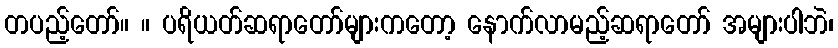
တပည့်တော်။ ။ ပရိယတ်ဆရာတော်များကတော့ နောက်လာမည့်ဆရာတော် အများပါဘဲ၊